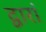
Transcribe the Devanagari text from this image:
द्वारां